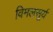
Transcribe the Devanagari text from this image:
विमलसूर्य